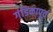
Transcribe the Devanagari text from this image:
गंडिकापूर्व